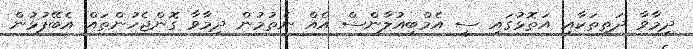
ދިމާވާ ދަތިތަކާއި އަތޮޅުގައި ސީ އެމްބިއުލާންސް އެއް ނެތުމުން ދިމާވާ ގޮންޖެހުންތައް އެބޭފުޅުން